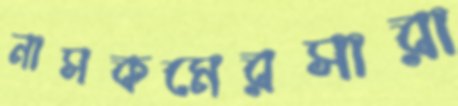
নাসকমেরসারা